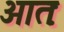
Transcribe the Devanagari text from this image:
आतः